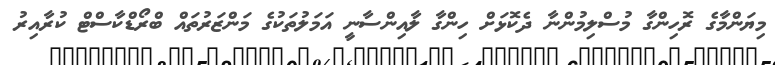
މިޔަންމާގެ ރޮހިންގާ މުސްލިމުންނާ ދެކޮޅަށް ހިންގާ ލާއިންސާނީ އަމަލުތަކުގެ މަންޒަރުތައް ބްރޯޑްކާސްޓް ކުރާއިރު